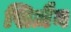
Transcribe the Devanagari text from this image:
सिज़ैन